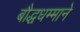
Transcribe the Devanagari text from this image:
बौद्धधम्माने